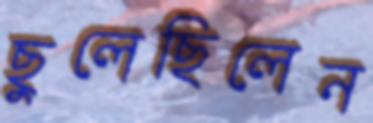
ছুলেছিলেন